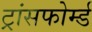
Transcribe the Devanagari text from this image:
ट्रांसफोर्म्ड